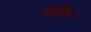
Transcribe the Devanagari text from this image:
पडहिन